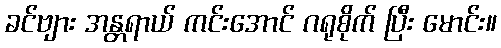
ခင်ဗျား အန္တရာယ် ကင်းအောင် ဂရုစိုက် ပြီး မောင်း။